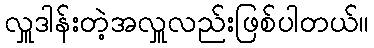
လှူဒါန်းတဲ့အလှူလည်းဖြစ်ပါတယ်။